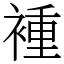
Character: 褈